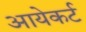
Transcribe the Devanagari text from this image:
आयेकर्ट